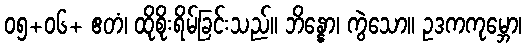
၀၅+၀၆+ ဧတံ၊ ထိုစိုးရိမ်ခြင်းသည်။ ဘိန္နော၊ ကွဲသော။ ဥဒကကုမ္ဘော၊